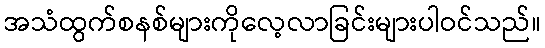
အသံထွက်စနစ်များကိုလေ့လာခြင်းများပါဝင်သည်။